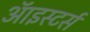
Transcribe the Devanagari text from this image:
ऑइस्टर्स